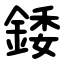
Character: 錗